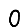
Digit: 0